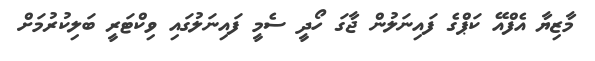
މާޒިޔާ އެފްއޭ ކަޕްގެ ފައިނަލުން ޖާގަ ހޯދީ ސެމީ ފައިނަލުގައި ވިކްޓަރީ ބަލިކުރުމަށް